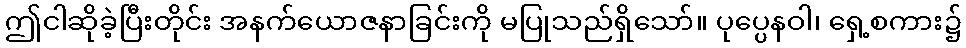
ဤငါဆိုခဲ့ပြီးတိုင်း အနက်ယောဇနာခြင်းကို မပြုသည်ရှိသော်။ ပုပ္ပေနဝါ၊ ရှေ့စကား၌